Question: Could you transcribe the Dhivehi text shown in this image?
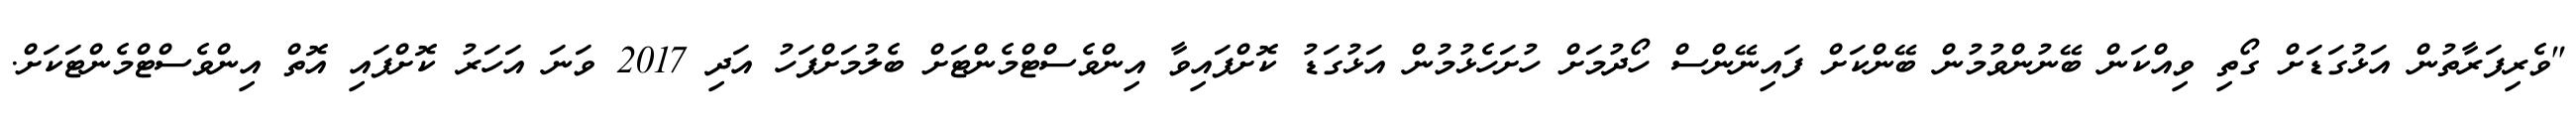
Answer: "ވެރިފަރާތުން އަޅުގަޑަށް ގޯތި ވިއްކަން ބޭނުންވުމުން ބޭންކަށް ފައިނޭންސް ހޯދުމަށް ހުށަހެޅުމުން އަޅުގަޑު ކޮށްފައިވާ އިންވެސްޓްމެންޓަށް ބެލުމަށްފަހު އަދި 2017 ވަނަ އަހަރު ކޮށްފައި އޮތް އިންވެސްޓްމެންޓަކަށް.